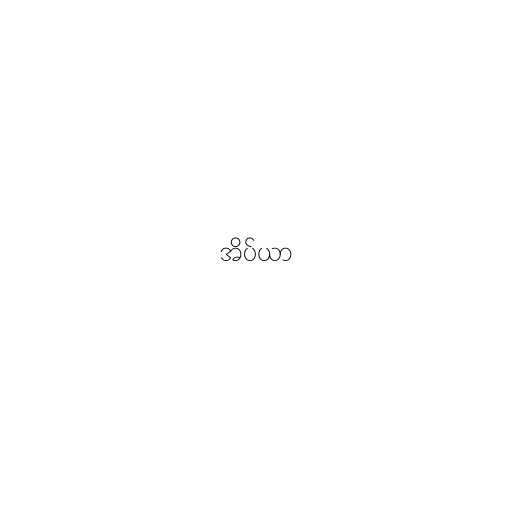
အိပ်ယာ